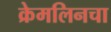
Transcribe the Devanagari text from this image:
क्रेमलिनचा